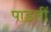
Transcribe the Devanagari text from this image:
पाडलीं